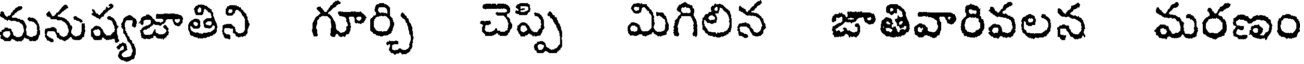
మనుష్యజాతిని గూర్చి చెప్పి మిగిలిన జాతివారివలన మరణం